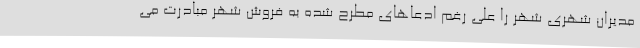
مدیران شهری شهر را علی رغم ادعاهای مطرح شده به فروش شهر مبادرت می